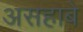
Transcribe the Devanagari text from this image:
असहाबे